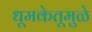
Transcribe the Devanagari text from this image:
धूमकेतूमुळे